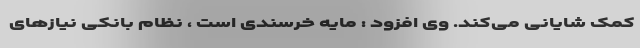
کمک شایانی می‌کند. وی افزود : مایه خرسندی است ، نظام بانکی نیازهای